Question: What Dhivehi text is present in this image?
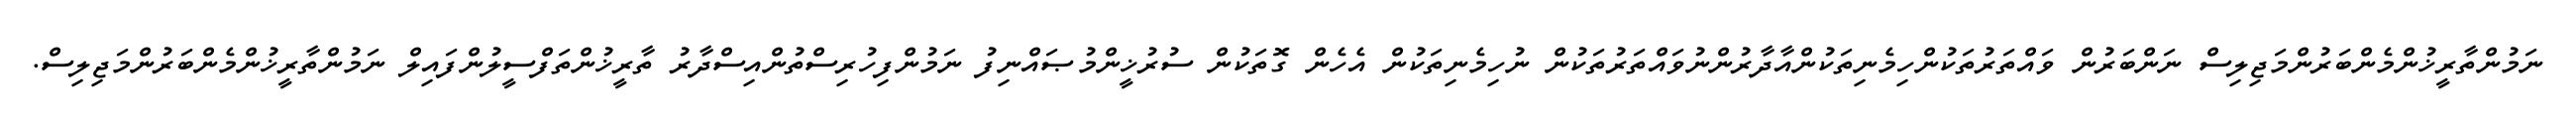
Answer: ނަމުންތާރީޚުންމެންބަރުންމަޖިލިސް ނަންބަރުން ވައްތަރުތަކުންހިމެނިތަކުންއާދާރުންނުވައްތަރުތަކުން ނުހިމެނިތަކުން އެހެން ގޮތަކުން ސުރުޚީންމުޞައްނިފު ނަމުންފިހުރިސްތުންއިސްދާރު ތާރީޚުންތަފްސީލުންފައިލް ނަމުންތާރީޚުންމެންބަރުންމަޖިލިސް.